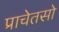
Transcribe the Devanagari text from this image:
प्राचेतसो